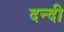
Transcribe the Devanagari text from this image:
दन्दी